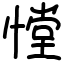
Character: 憆